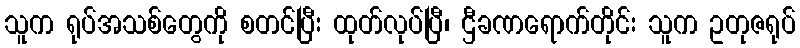
သူက ရုပ်အသစ်တွေကို စတင်ပြီး ထုတ်လုပ်ပြီ၊ ဌီခဏရောက်တိုင်း သူက ဥတုဇရုပ်